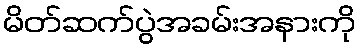
မိတ်ဆက်ပွဲအခမ်းအနားကို